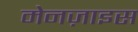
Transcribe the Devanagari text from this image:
मेनज़ाइस